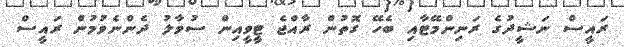
ރައީސް ނަޝީދުގެ ރަނިންމޭޓާއި ބެހޭ ގޮތުން ރާއްޖެ ޓީވީއިން ސުވާލު ދެންނެވުމުން ރައީސް